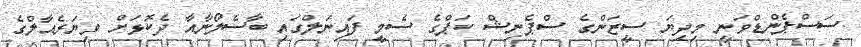
ސަސްޕެންޑްވަނީ މިދިޔަ ސީޒަންގެ ސްޕެނިޝް ކަޕްގެ ސެމީ ފައިނަލްގައި ބާސެލޯނާއާ ދެކޮޅަށް ވިޔަރެއާލްގެ